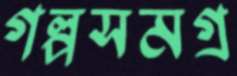
গল্পসমগ্র